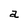
Character: a